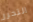
التحرر